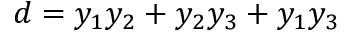
d = y _ { 1 } y _ { 2 } + y _ { 2 } y _ { 3 } + y _ { 1 } y _ { 3 }